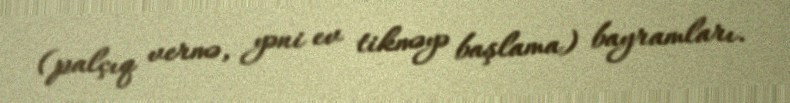
(palçıq vermə, yəni ev tikməyə başlama) bayramları.